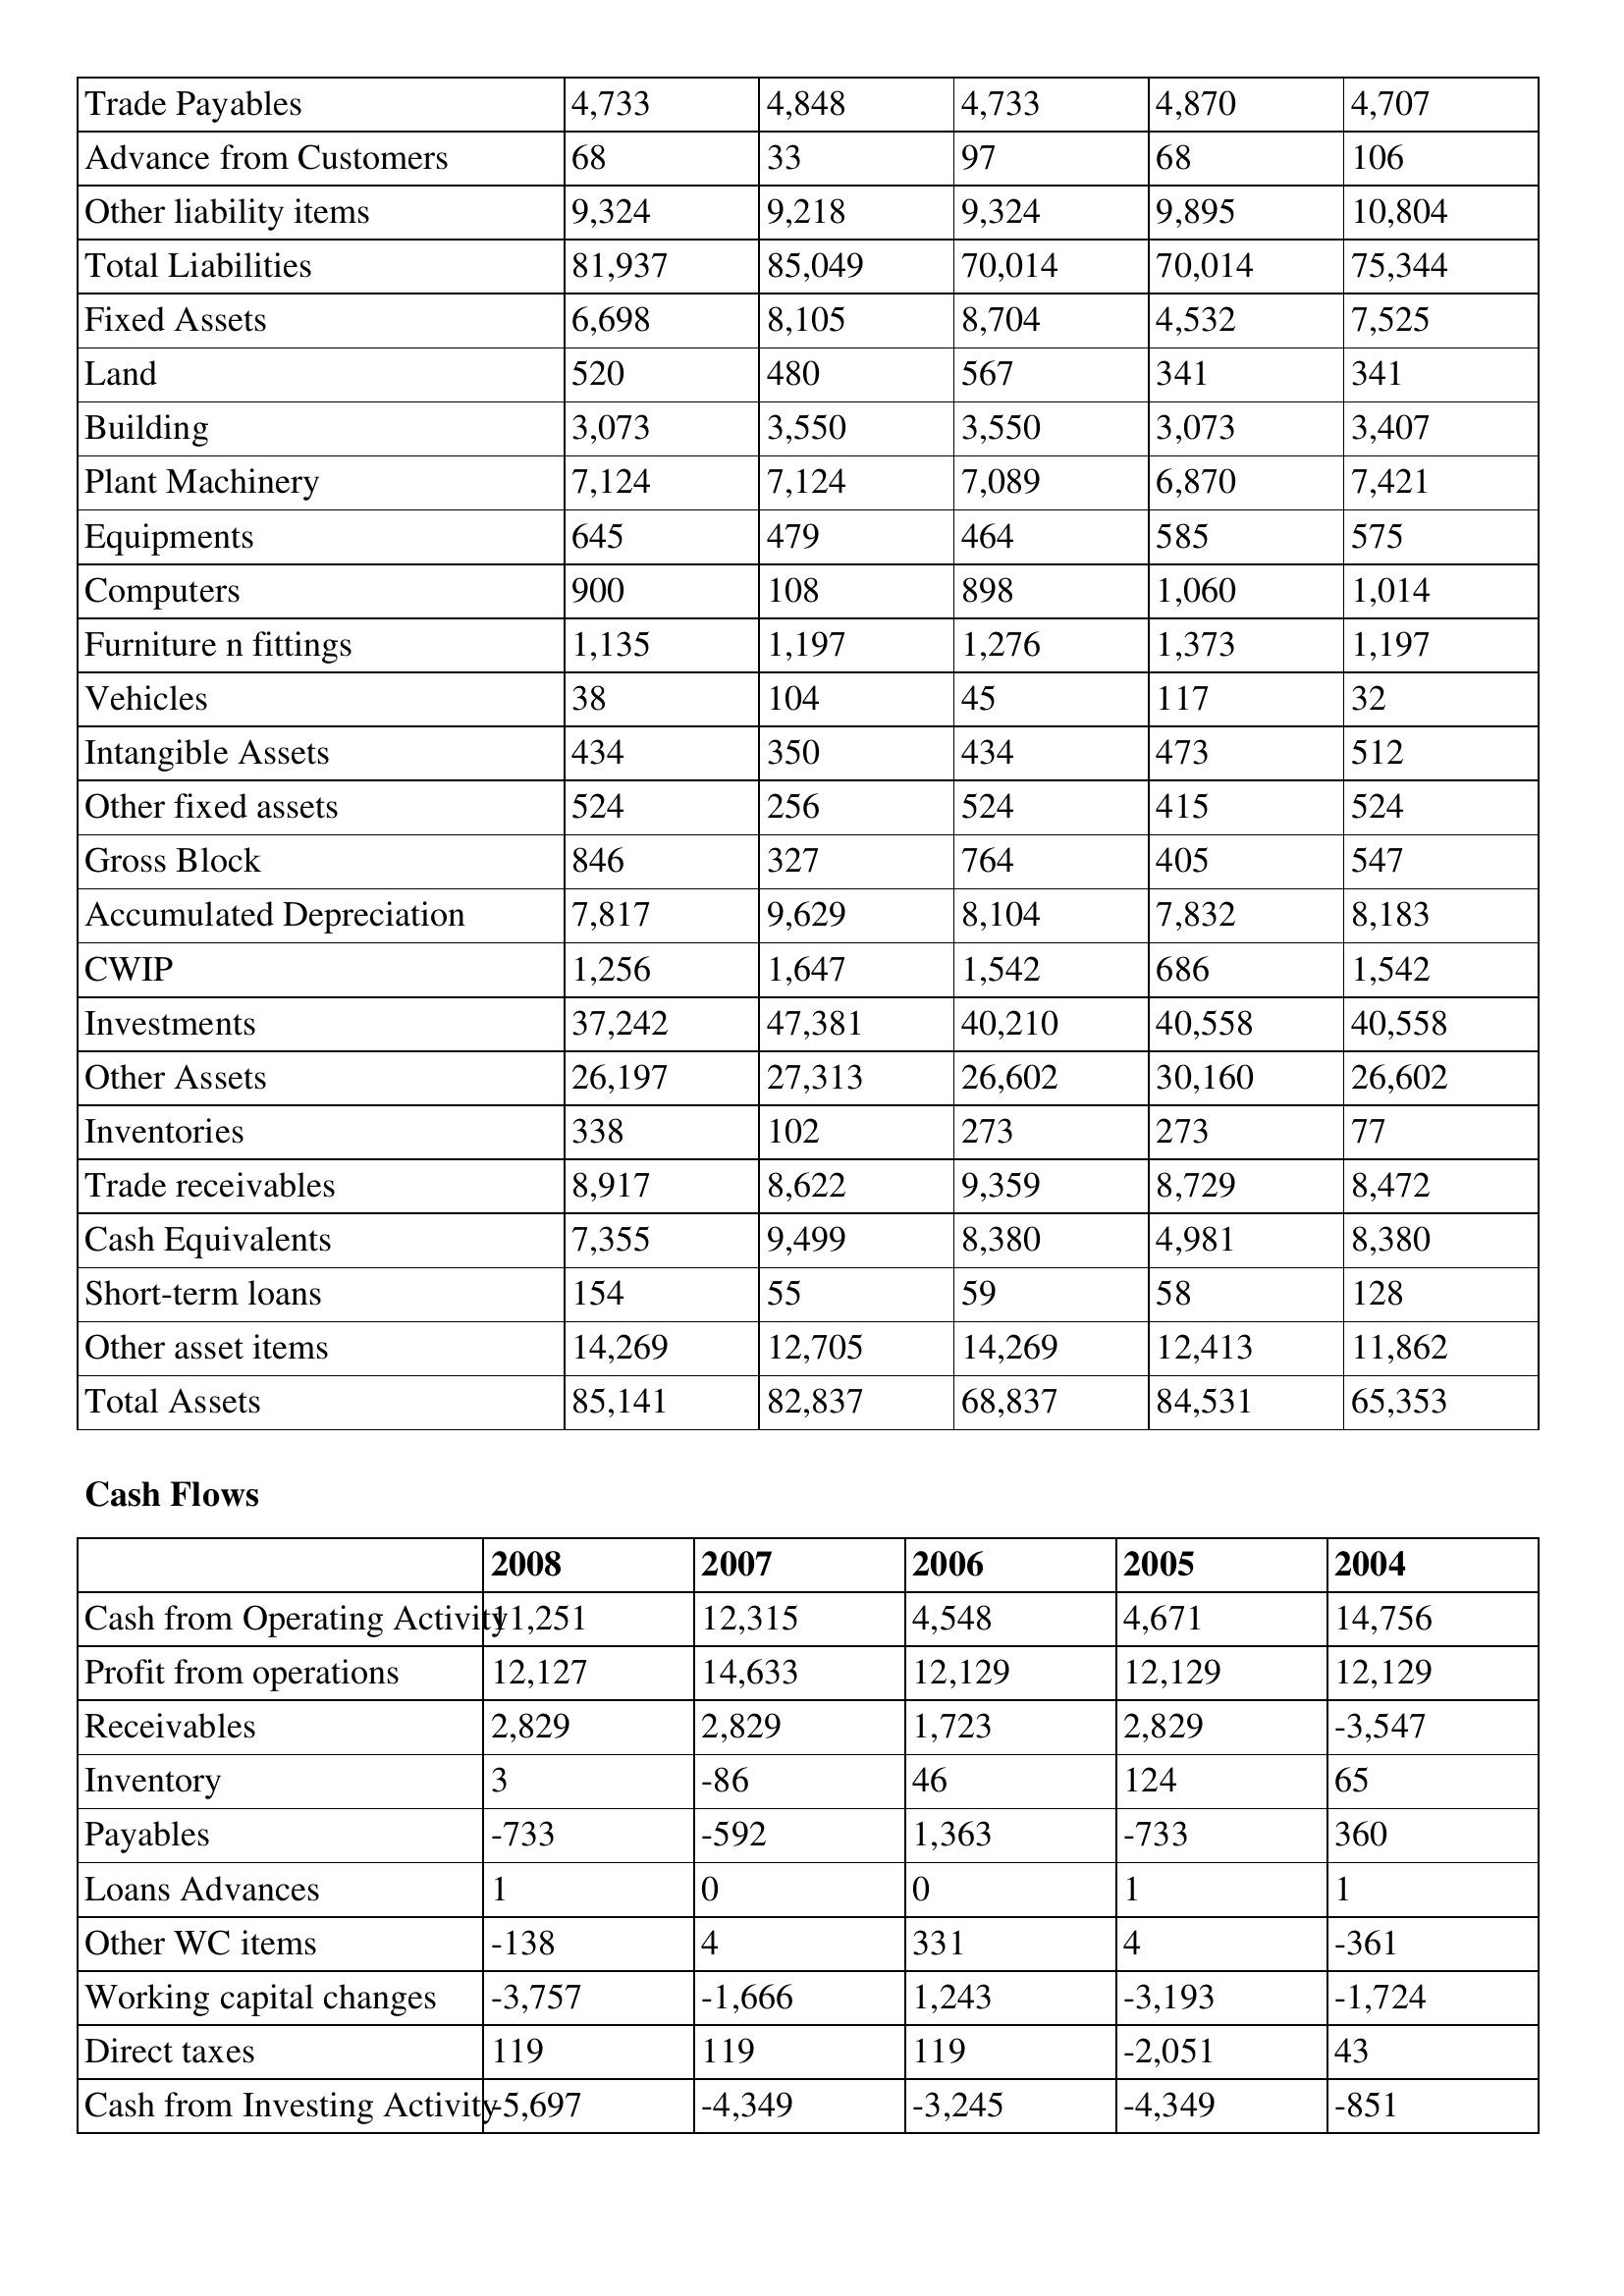
gt_parse: 2008: Balance Sheet: Trade Payables: 4,733
Advance from Customers: 68
Other liability items: 9,324
Total Liabilities: 81,937
Fixed Assets: 6,698
Land: 520
Building: 3,073
Plant Machinery: 7,124
Equipments: 645
Computers: 900
Furniture n fittings: 1,135
Vehicles: 38
Intangible Assets: 434
Other fixed assets: 524
Gross Block: 846
Accumulated Depreciation: 7,817
CWIP: 1,256
Investments: 37,242
Other Assets: 26,197
Inventories: 338
Trade receivables: 8,917
Cash Equivalents: 7,355
Short-term loans: 154
Other asset items: 14,269
Total Assets: 85,141
Cash Flows: Cash from Operating Activity: 11,251
Profit from operations: 12,127
Receivables: 2,829
Inventory: 3
Payables: -733
Loans Advances: 1
Other WC items: -138
Working capital changes: -3,757
Direct taxes: 119
Cash from Investing Activity: -5,697
2007: Balance Sheet: Trade Payables: 4,848
Advance from Customers: 33
Other liability items: 9,218
Total Liabilities: 85,049
Fixed Assets: 8,105
Land: 480
Building: 3,550
Plant Machinery: 7,124
Equipments: 479
Computers: 108
Furniture n fittings: 1,197
Vehicles: 104
Intangible Assets: 350
Other fixed assets: 256
Gross Block: 327
Accumulated Depreciation: 9,629
CWIP: 1,647
Investments: 47,381
Other Assets: 27,313
Inventories: 102
Trade receivables: 8,622
Cash Equivalents: 9,499
Short-term loans: 55
Other asset items: 12,705
Total Assets: 82,837
Cash Flows: Cash from Operating Activity: 12,315
Profit from operations: 14,633
Receivables: 2,829
Inventory: -86
Payables: -592
Loans Advances: 0
Other WC items: 4
Working capital changes: -1,666
Direct taxes: 119
Cash from Investing Activity: -4,349
2006: Balance Sheet: Trade Payables: 4,733
Advance from Customers: 97
Other liability items: 9,324
Total Liabilities: 70,014
Fixed Assets: 8,704
Land: 567
Building: 3,550
Plant Machinery: 7,089
Equipments: 464
Computers: 898
Furniture n fittings: 1,276
Vehicles: 45
Intangible Assets: 434
Other fixed assets: 524
Gross Block: 764
Accumulated Depreciation: 8,104
CWIP: 1,542
Investments: 40,210
Other Assets: 26,602
Inventories: 273
Trade receivables: 9,359
Cash Equivalents: 8,380
Short-term loans: 59
Other asset items: 14,269
Total Assets: 68,837
Cash Flows: Cash from Operating Activity: 4,548
Profit from operations: 12,129
Receivables: 1,723
Inventory: 46
Payables: 1,363
Loans Advances: 0
Other WC items: 331
Working capital changes: 1,243
Direct taxes: 119
Cash from Investing Activity: -3,245
2005: Balance Sheet: Trade Payables: 4,870
Advance from Customers: 68
Other liability items: 9,895
Total Liabilities: 70,014
Fixed Assets: 4,532
Land: 341
Building: 3,073
Plant Machinery: 6,870
Equipments: 585
Computers: 1,060
Furniture n fittings: 1,373
Vehicles: 117
Intangible Assets: 473
Other fixed assets: 415
Gross Block: 405
Accumulated Depreciation: 7,832
CWIP: 686
Investments: 40,558
Other Assets: 30,160
Inventories: 273
Trade receivables: 8,729
Cash Equivalents: 4,981
Short-term loans: 58
Other asset items: 12,413
Total Assets: 84,531
Cash Flows: Cash from Operating Activity: 4,671
Profit from operations: 12,129
Receivables: 2,829
Inventory: 124
Payables: -733
Loans Advances: 1
Other WC items: 4
Working capital changes: -3,193
Direct taxes: -2,051
Cash from Investing Activity: -4,349
2004: Balance Sheet: Trade Payables: 4,707
Advance from Customers: 106
Other liability items: 10,804
Total Liabilities: 75,344
Fixed Assets: 7,525
Land: 341
Building: 3,407
Plant Machinery: 7,421
Equipments: 575
Computers: 1,014
Furniture n fittings: 1,197
Vehicles: 32
Intangible Assets: 512
Other fixed assets: 524
Gross Block: 547
Accumulated Depreciation: 8,183
CWIP: 1,542
Investments: 40,558
Other Assets: 26,602
Inventories: 77
Trade receivables: 8,472
Cash Equivalents: 8,380
Short-term loans: 128
Other asset items: 11,862
Total Assets: 65,353
Cash Flows: Cash from Operating Activity: 14,756
Profit from operations: 12,129
Receivables: -3,547
Inventory: 65
Payables: 360
Loans Advances: 1
Other WC items: -361
Working capital changes: -1,724
Direct taxes: 43
Cash from Investing Activity: -851